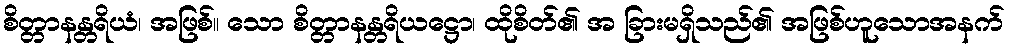
စိတ္တာနန္တရိယံ၊ အဖြစ်။ သော စိတ္တာနန္တရိယဋ္ဌော၊ ထိုစိတ်၏ အ ခြားမရှိသည်၏ အဖြစ်ဟူသောအနက်